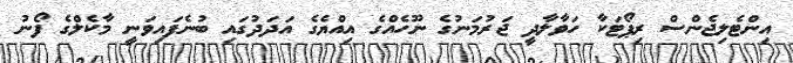
އިންޓެލިޖެންސް ރިޕޯޓަކާ ހަވާލާދީ ޖަރުމަނުގެ ނޫހެއްގެ އިއްޔެގެ އަދަދުގައި ބުނެފައިވަނީ މާކެލްގެ ފޯނު